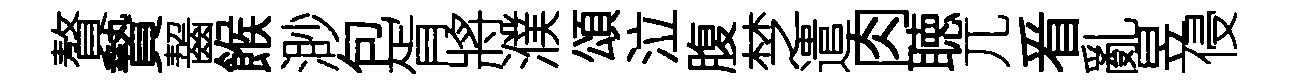
贅贄齧餱渺包胥將濮頌泣腹椘遣肉聴兀㸔亂昱侵